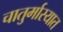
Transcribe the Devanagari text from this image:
चातुर्मास्यात